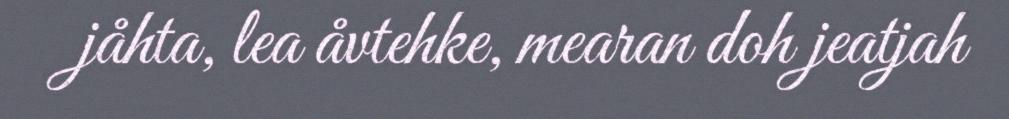
jåhta, lea åvtehke, mearan doh jeatjah